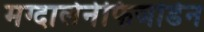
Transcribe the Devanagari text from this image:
मग्दालेनेफिजोर्डेन